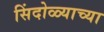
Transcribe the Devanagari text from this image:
सिंदोळ्याच्या